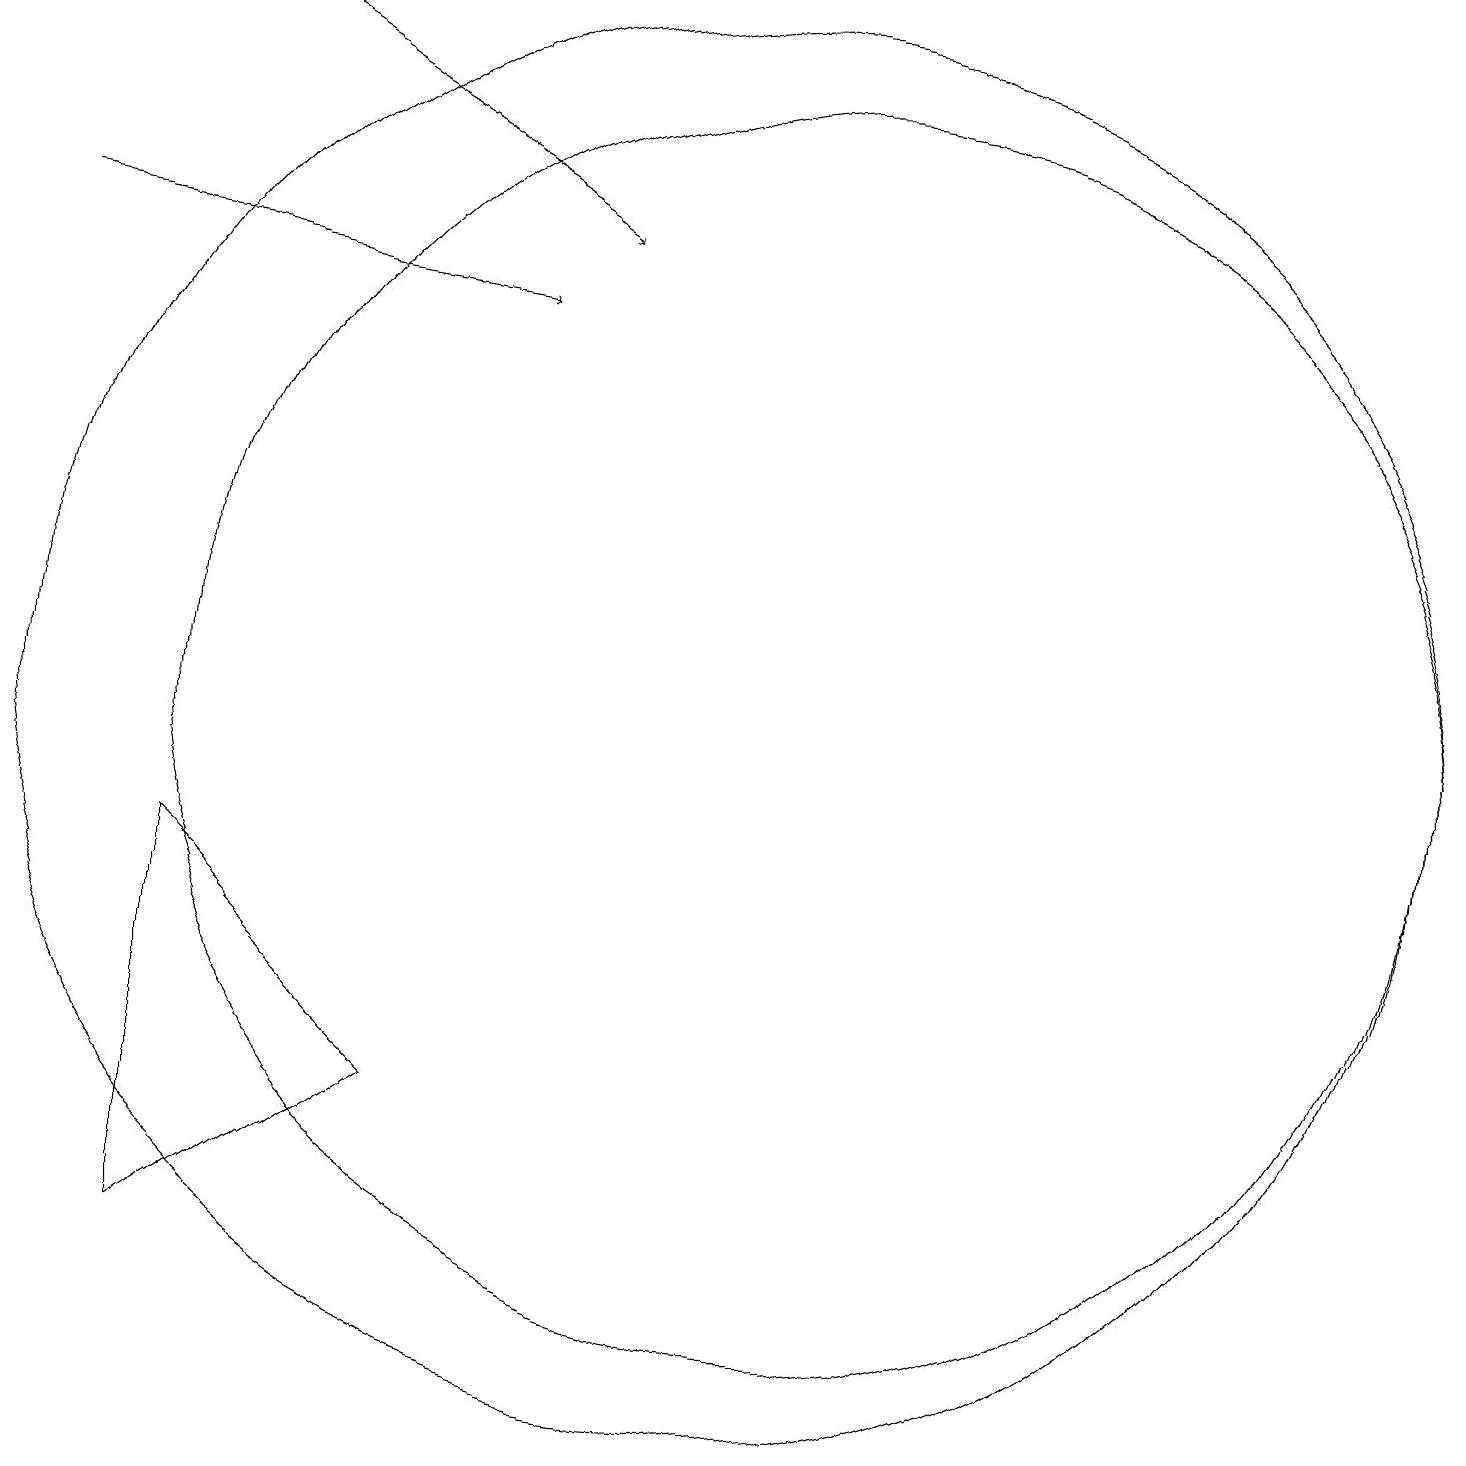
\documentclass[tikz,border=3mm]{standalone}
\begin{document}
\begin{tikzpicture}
\draw (12,10) circle (8);
\draw (4,8) -- (7,5) -- (4,3) -- cycle;
\draw[->] (2,16) -- (8,15);
\draw[->] (4,19) -- (9,16);
\draw (11,10) circle (9);
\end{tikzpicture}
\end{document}